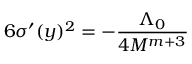
6 \sigma ^ { \prime } ( y ) ^ { 2 } = - \frac { \Lambda _ { 0 } } { 4 M ^ { m + 3 } }